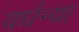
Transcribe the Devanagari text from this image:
वर्धन्या